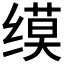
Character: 𫄲